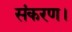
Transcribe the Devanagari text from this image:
संकरण।